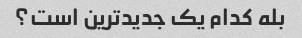
بله کدام یک جدیدترین است؟